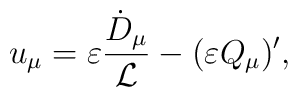
u_{\mu} = \varepsilon \frac{\dot{D}_{\mu}}{{\cal L}} - ( \varepsilon Q_{\mu})',